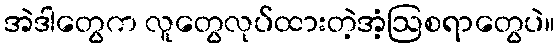
အဲဒါတွေက လူတွေလုပ်ထားတဲ့အံ့ဩစရာတွေပဲ။